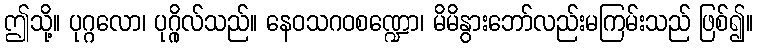
ဤသို့။ ပုဂ္ဂလော၊ ပုဂ္ဂိုလ်သည်။ နေဝသဂဝစဏ္ဍော၊ မိမိနွားဘော်လည်းမကြမ်းသည် ဖြစ်၍။